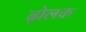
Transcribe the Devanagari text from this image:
ढ़ोलक